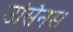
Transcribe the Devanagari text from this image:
उर्सिनस